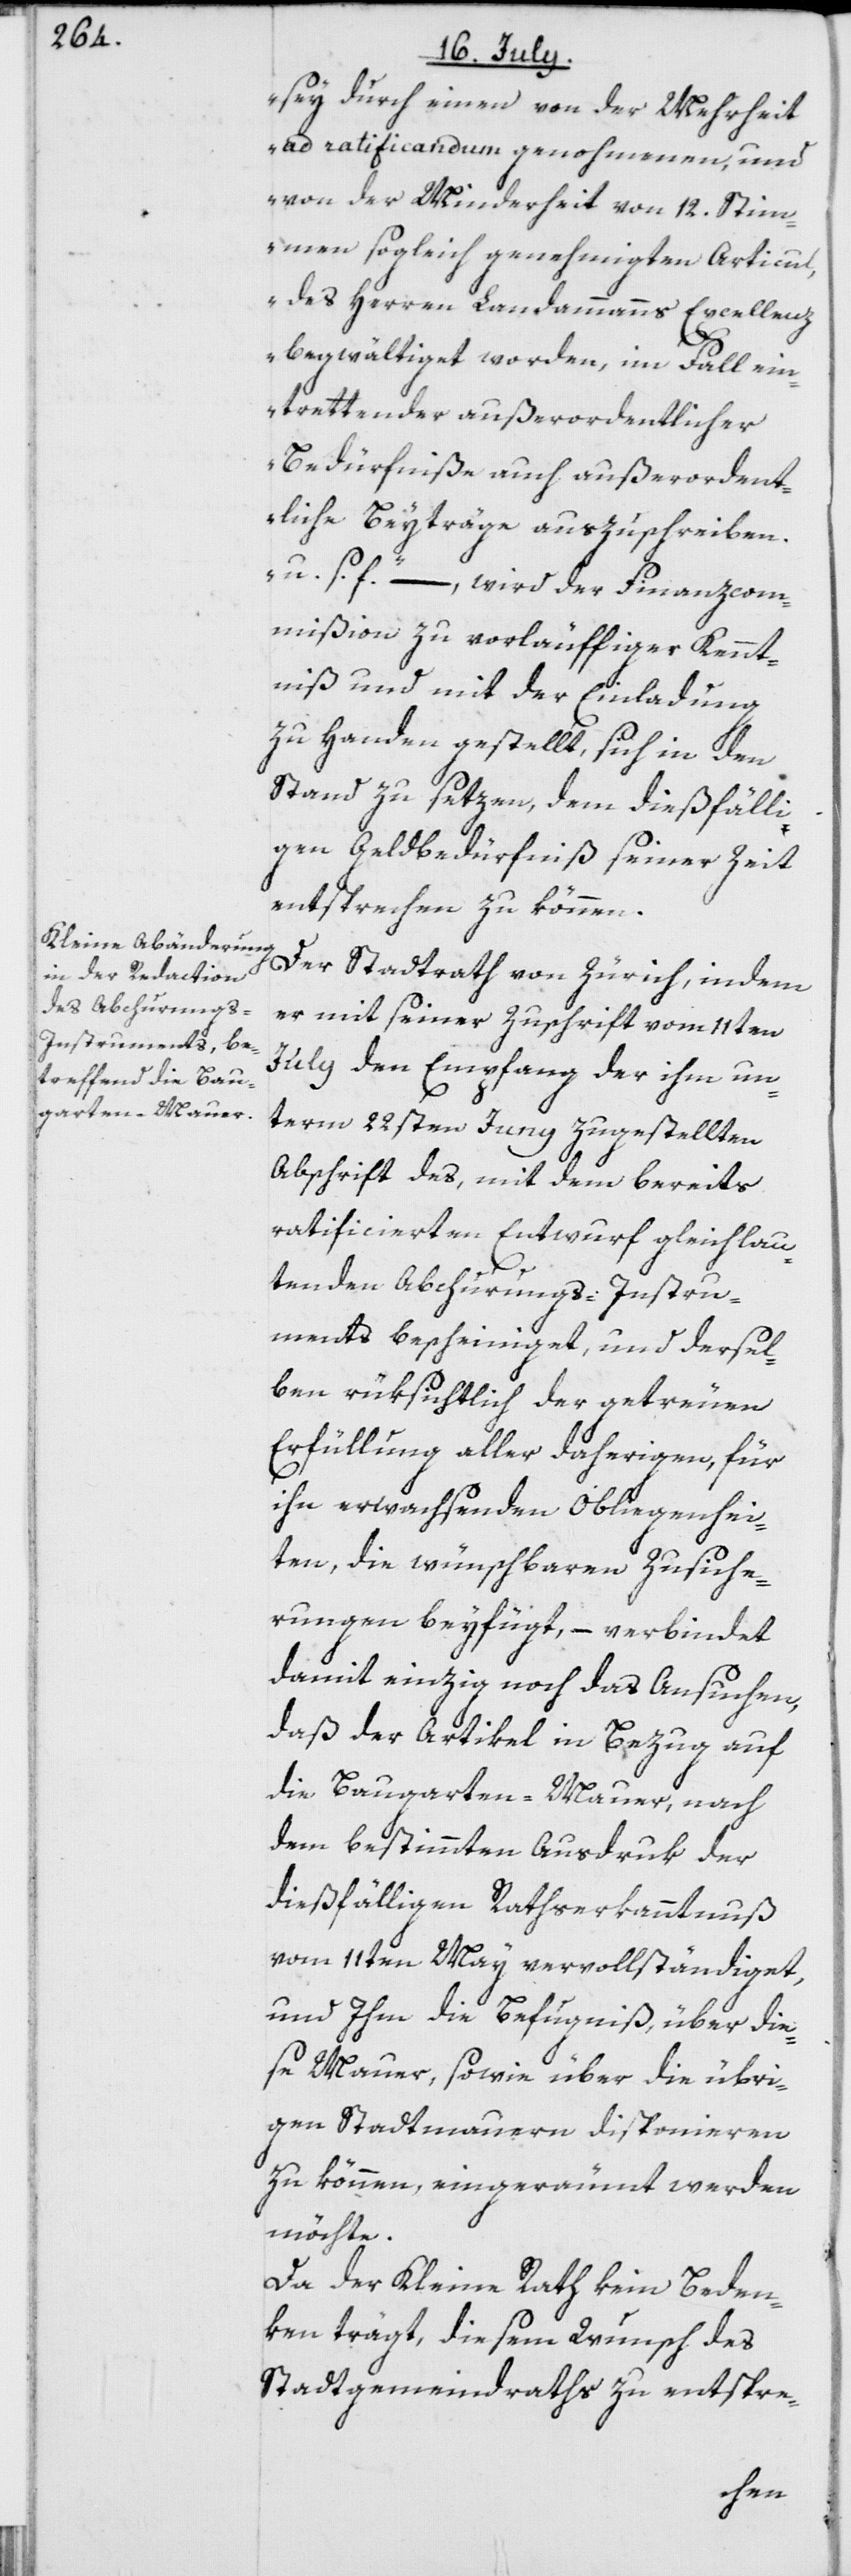
sey durch einen von der Mehrheit
ad ratificandum genohmenen, und
von der Minderheit von 12. Stim¬
men sogleich genehmigten Articul,
des Herren Landammanns Excellenz
begwältiget worden, im Fall ein¬
trettender außerordentlicher
Bedürfniße auch außerordent¬
liche Beyträge auszuschreiben,
u. s. f.“ –, wird der Finanzcom¬
mißion zu vorläuffiger Kennt¬
niß und mit der Einladung
zu Handen gestellt, sich in den
Stand zu setzen, dem dießfälli¬
gen Geldbedürfniß seiner Zeit
entsprechen zu können.
Der Stadtrath von Zürich, indem
er mit seiner Zuschrift vom 11ten
July den Empfang der ihm un¬
term 22sten Juny zugestellten
Abschrift des, mit dem bereits
ratificierten Entwurf gleichlau¬
tenden Abchurungs-Instru¬
ments bescheiniget, und dersel¬
ben rüksichtlich der getreuen
Erfüllung aller daherigen, für
ihn erwachsenden Obliegenhei¬
ten, die wünschbaren Zusiche¬
rungen beyfügt, – verbindet
damit einzig noch das Ansuchen,
daß der Artikel in Bezug auf
die Baugarten-Mauer, nach
dem bestimmten Ausdruk der
dießfälligen Rathserkanntnuß
vom 11ten May vervollständiget,
und Ihm die Befugniß, über die¬
se Mauer, sowie über die übri¬
gen Stadtmauern disponieren
zu können, eingeräumt werden
möchte.
Da der Kleine Rath kein Beden¬
ken trägt, diesem Wunsch des
Stadtgemeindraths zu entspre-